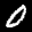
Label: 0